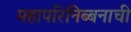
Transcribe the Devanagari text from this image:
महापरिनिब्बनाची